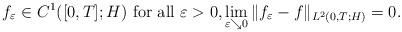
LaTeX: \begin{align*} f_{\varepsilon} \in C^1([0,T]; H) \textrm{ for all $\varepsilon >0$}, \lim_{\varepsilon \searrow 0} \| f_{\varepsilon} - f \|_{L^2(0,T; H)} = 0.\end{align*}